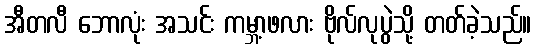
အီတလီ ဘောလုံး အသင်း ကမ္ဘာ့ဖလား ဗိုလ်လုပွဲသို့ တတ်ခဲ့သည်။